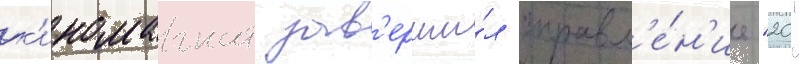
к'иномагнат зав'ерши́л управл'е́н'ие "20"